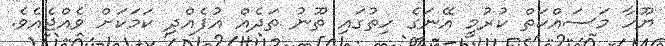
ޔޫހާ މަސައްކަތް ކުރުމީ އޭނަގެ ހިތުގައި ތޫނު ތަދެއް އުފެއްދި ކަމަކަށް ވެއްޖެއެވެ.